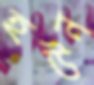
হউন